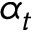
\alpha _ { t }